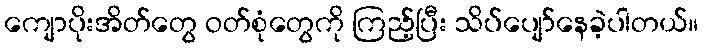
ကျောပိုးအိတ်တွေ ဝတ်စုံတွေကို ကြည့်ပြီး သိပ်ပျော်နေခဲ့ပါတယ်။